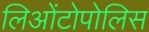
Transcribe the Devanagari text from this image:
लिओंटोपोलिस